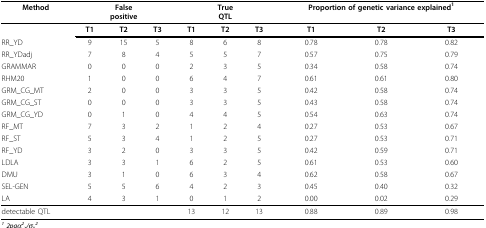
<table><thead><tr><td><b>Method</b></td><td colspan="3"><b>Falsepositive</b></td><td colspan="3"><b>TrueQTL</b></td><td colspan="3"><b>Proportion of genetic variance explained<sup>1</sup></b></td></tr></thead><tbody><tr><td></td><td><b>T1</b></td><td><b>T2</b></td><td><b>T3</b></td><td><b>T1</b></td><td><b>T2</b></td><td><b>T3</b></td><td><b>T1</b></td><td><b>T2</b></td><td><b>T3</b></td></tr><tr><td>RR_YD</td><td>9</td><td>15</td><td>5</td><td>8</td><td>6</td><td>8</td><td>0.78</td><td>0.78</td><td>0.82</td></tr><tr><td>RR_YDadj</td><td>7</td><td>8</td><td>4</td><td>5</td><td>5</td><td>7</td><td>0.57</td><td>0.75</td><td>0.79</td></tr><tr><td>GRAMMAR</td><td>0</td><td>0</td><td>0</td><td>2</td><td>3</td><td>5</td><td>0.34</td><td>0.58</td><td>0.74</td></tr><tr><td>RHM20</td><td>1</td><td>0</td><td>0</td><td>6</td><td>4</td><td>7</td><td>0.61</td><td>0.61</td><td>0.80</td></tr><tr><td>GRM_CG_MT</td><td>2</td><td>0</td><td>0</td><td>3</td><td>3</td><td>5</td><td>0.42</td><td>0.58</td><td>0.74</td></tr><tr><td>GRM_CG_ST</td><td>0</td><td>0</td><td>0</td><td>3</td><td>3</td><td>5</td><td>0.43</td><td>0.58</td><td>0.74</td></tr><tr><td>GRM_CG_YD</td><td>0</td><td>1</td><td>0</td><td>4</td><td>4</td><td>5</td><td>0.54</td><td>0.63</td><td>0.74</td></tr><tr><td>RF_MT</td><td>7</td><td>3</td><td>2</td><td>1</td><td>2</td><td>4</td><td>0.27</td><td>0.53</td><td>0.67</td></tr><tr><td>RF_ST</td><td>5</td><td>3</td><td>4</td><td>1</td><td>2</td><td>5</td><td>0.27</td><td>0.53</td><td>0.71</td></tr><tr><td>RF_YD</td><td>3</td><td>2</td><td>0</td><td>3</td><td>3</td><td>5</td><td>0.42</td><td>0.59</td><td>0.71</td></tr><tr><td>LDLA</td><td>3</td><td>3</td><td>1</td><td>6</td><td>2</td><td>5</td><td>0.61</td><td>0.53</td><td>0.60</td></tr><tr><td>DMU</td><td>3</td><td>1</td><td>0</td><td>6</td><td>3</td><td>4</td><td>0.62</td><td>0.58</td><td>0.67</td></tr><tr><td>SEL-GEN</td><td>5</td><td>5</td><td>6</td><td>4</td><td>2</td><td>3</td><td>0.45</td><td>0.40</td><td>0.32</td></tr><tr><td>LA</td><td>4</td><td>3</td><td>1</td><td>0</td><td>1</td><td>2</td><td>0.00</td><td>0.02</td><td>0.29</td></tr><tr><td>detectable QTL</td><td></td><td></td><td></td><td>13</td><td>12</td><td>13</td><td>0.88</td><td>0.89</td><td>0.98</td></tr></tbody></table>